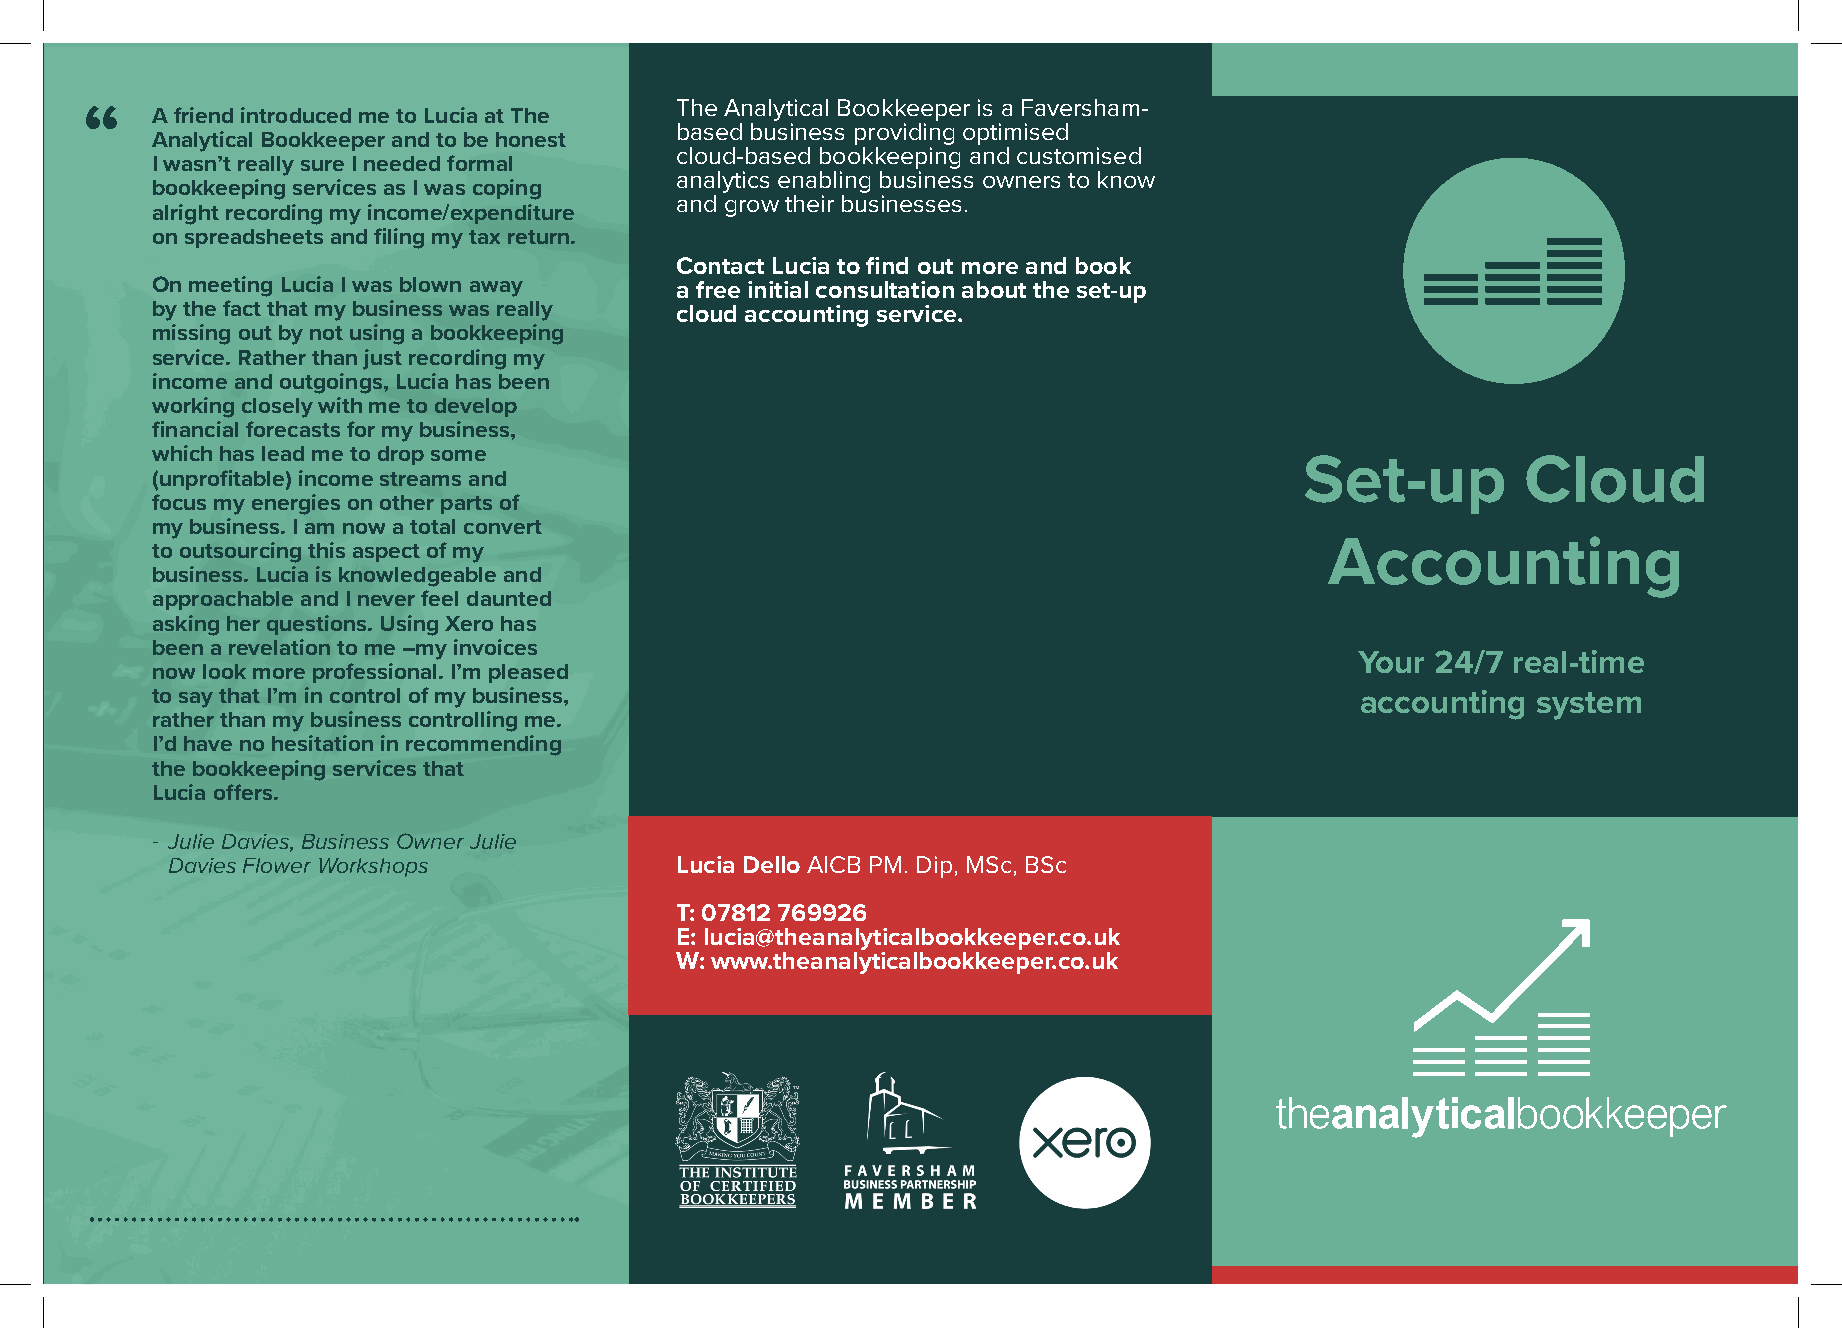
The Analytical Bookkeeper is a Faversham-
 “    A friend introduced me to Lucia at The
 based business providing optimised
 Analytical Bookkeeper and to be honest
 cloud-based bookkeeping and customised
 I wasn’t really sure I needed formal
 analytics enabling business owners to know
 bookkeeping services as I was coping
 and grow their businesses.
 alright recording my income/expenditure
 on spreadsheets and filing my tax return.
 Contact Lucia to find out more and book
 On meeting Lucia I was blown away  a free initial consultation about the set-up
 by the fact that my business was really cloud accounting service.
 missing out by not using a bookkeeping
 service. Rather than just recording my
 income and outgoings, Lucia has been
 working closely with me to develop
 financial forecasts for my business,
 which has lead me to drop some
 Set-up         Cloud
 (unprofitable) income streams and
 focus my energies on other parts of
 my business. I am now a total convert
 to outsourcing this aspect of my                                              Accounting
 business. Lucia is knowledgeable and
 approachable and I never feel daunted
 asking her questions. Using Xero has
 been a revelation to me –my invoices
 Your 24/7 real-time
 now look more professional. I’m pleased
 to say that I’m in control of my business,                                      accounting  system
 rather than my business controlling me.
 I’d have no hesitation in recommending
 the bookkeeping services that
 Lucia offers.
 - Julie Davies, Business Owner Julie
 Davies Flower Workshops           Lucia Dello AICB PM. Dip, MSc, BSc
 T: 07812 769926
 E: lucia@theanalyticalbookkeeper.co.uk
 W: www.theanalyticalbookkeeper.co.uk